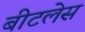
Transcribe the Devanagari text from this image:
बीटलेस